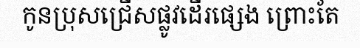
កូនប្រុសជ្រើសផ្លូវដើរផ្សេង ព្រោះតែ